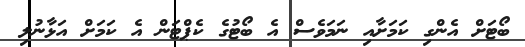
ބޯޓަށް އެންގި ކަމަށާއި ނަމަވެސް އެ ބޯޓުގެ ކެޕްޓަން އެ ކަމަށް އަޅާނުލި